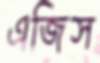
এজিস